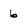
Character: 6